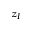
z _ { I }